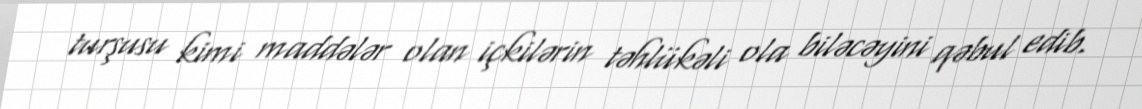
turşusu kimi maddələr olan içkilərin təhlükəli ola biləcəyini qəbul edib.